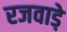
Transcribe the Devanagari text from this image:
रजवाडे़